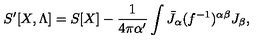
S ^ { \prime } [ X , \Lambda ] = S [ X ] - { \frac { 1 } { 4 \pi \alpha ^ { \prime } } } \int \bar { J } _ { \alpha } ( f ^ { - 1 } ) ^ { \alpha \beta } J _ { \beta } ,